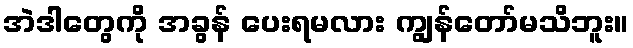
အဲဒါတွေကို အခွန် ပေးရမလား ကျွန်တော်မသိဘူး။